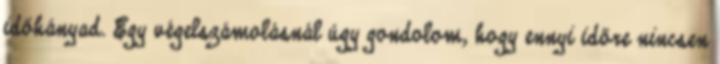
időhányad. Egy végelszámolásnál úgy gondolom, hogy ennyi időre nincsen